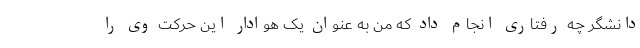
دانشگر چه رفتاری انجام داد که من به عنوان یک هوادار این حرکت وی را